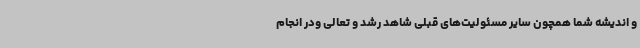
و اندیشه شما همچون سایر مسئولیت‌های قبلی شاهد رشد و تعالی ودر انجام